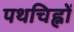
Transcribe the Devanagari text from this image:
पथचिह्नों